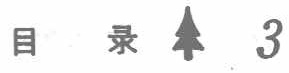
目录$\ 3$